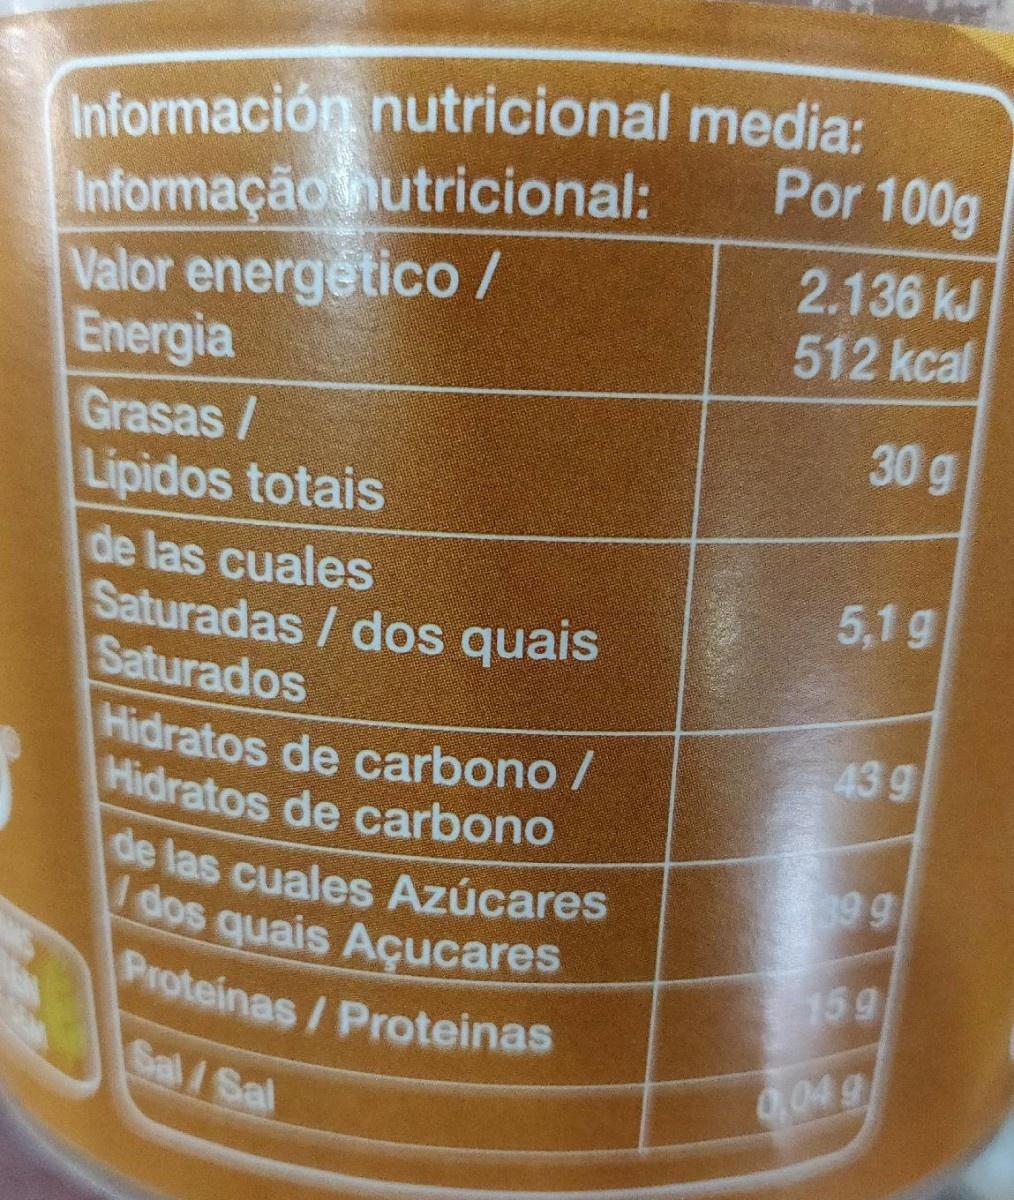
Información nutricional media: Informação hutricional: Valor energetico/ Energia Grasas/ Lipidos totais
Por 100g
2.136 kJ 512 kcal
30 g
de las cuales Saturadas/ dos quais Saturados
5,1 g
Hidratos de carbono / Hidratos de carbono
43g
de las cuales Azúcares I dos quais Açucares Proteinas/Proteinas
399
159
Sal/Sal
0,04 g